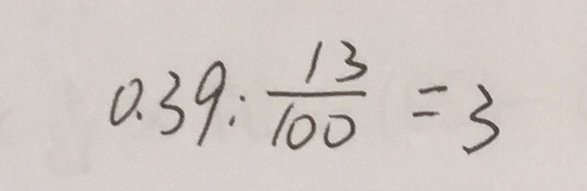
0 . 3 9 : \frac { 1 3 } { 1 0 0 } = 3